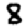
Digit: 8